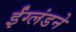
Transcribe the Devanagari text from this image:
ईंग्लंडने